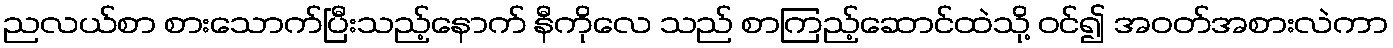
ညလယ်စာ စားသောက်ပြီးသည့်နောက် နီကိုလေ သည် စာကြည့်ဆောင်ထဲသို့ ဝင်၍ အဝတ်အစားလဲကာ